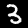
Label: 3